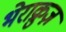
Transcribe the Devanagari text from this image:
भेराक्रुज़